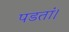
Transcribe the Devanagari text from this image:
पडतां।